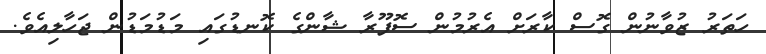
ހަތަރު ޒުވާނުން ގޮސް ކާރަށް އެރުމުން ސޮފޫރާ ޝާންގެ ކޮނޑުގައި މަޑުމަޑުން ޖަހާލިއެވެ.